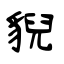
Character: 貎